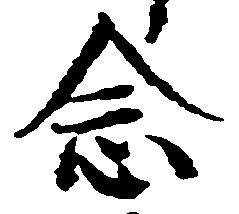
念